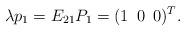
LaTeX: \begin{align*}\lambda p_1 = E_{21}P_1 = (1\enskip 0 \enskip 0)^T.\end{align*}